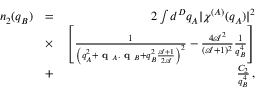
\begin{array} { r l r } { n _ { 2 } ( q _ { B } ) } & { = } & { 2 \int d ^ { D } q _ { A } \lvert \chi ^ { ( A ) } ( q _ { A } ) \rvert ^ { 2 } } \\ & { \times } & { \left[ \frac { 1 } { \left( q _ { A } ^ { 2 } + \textbf { q } _ { A } . \textbf { q } _ { B } + q _ { B } ^ { 2 } \frac { \mathcal { A } + 1 } { 2 \mathcal { A } } \right) ^ { 2 } } - \frac { 4 \mathcal { A } ^ { 2 } } { ( \mathcal { A } + 1 ) ^ { 2 } } \frac { 1 } { q _ { B } ^ { 4 } } \right] } \\ & { + } & { \frac { C _ { 2 } } { q _ { B } ^ { 4 } } \, , } \end{array}